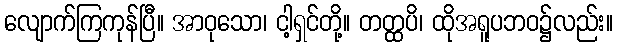
လျောက်ကြကုန်ပြီ။ အာဝုသော၊ ငါ့ရှင်တို့။ တတ္ထပိ၊ ထိုအရူပဘဝ၌လည်း။